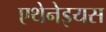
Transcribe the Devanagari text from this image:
एथेनेइयस